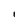
Character: l